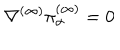
\nabla ^ { ( \infty ) } \pi _ { \alpha } ^ { ( \infty ) } = 0